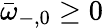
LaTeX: \bar{\omega}_{-,0}\geq 0